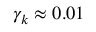
\gamma _ { k } \approx 0 . 0 1